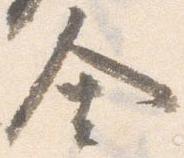
舎